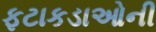
ફટાકડાઓની